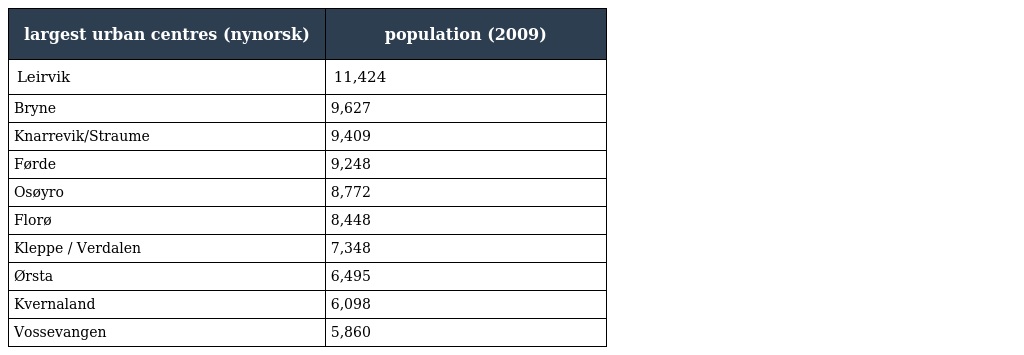
| largest urban centres (nynorsk) | population (2009) |
 | --- | --- |
 | Leirvik | 11,424 |
 | Bryne | 9,627 |
 | Knarrevik/Straume | 9,409 |
 | Førde | 9,248 |
 | Osøyro | 8,772 |
 | Florø | 8,448 |
 | Kleppe / Verdalen | 7,348 |
 | Ørsta | 6,495 |
 | Kvernaland | 6,098 |
 | Vossevangen | 5,860 |